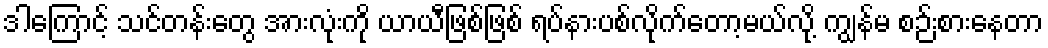
ဒါကြောင့် သင်တန်းတွေ အားလုံးကို ယာယီဖြစ်ဖြစ် ရပ်နားပစ်လိုက်တော့မယ်လို့ ကျွန်မ စဉ်းစားနေတာ